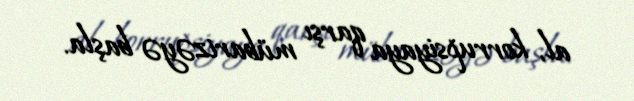
al, korrupsiyaya qarşı mübarizəyə başla.